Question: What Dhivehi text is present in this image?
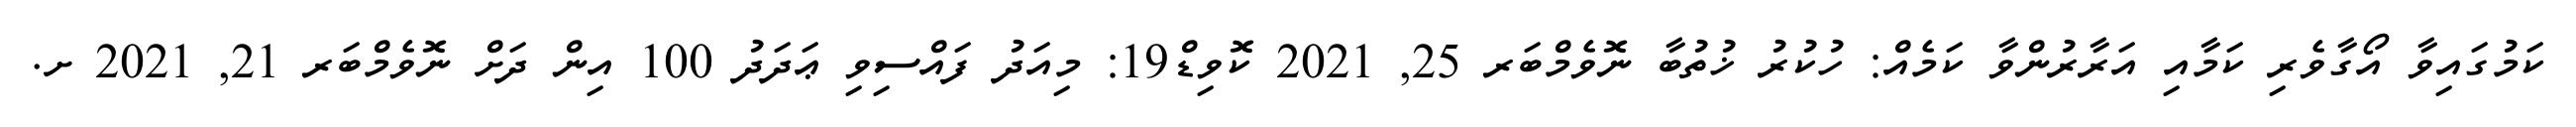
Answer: ކަމުގައިވާ އޯގާވެރި ކަމާއި އަރާރުންވާ ކަމެއް: ހުކުރު ޚުތުބާ ނޮވެމްބަރ 25, 2021 ކޮވިޑް19: މިއަދު ފައްސިވި ޢަދަދު 100 އިން ދަށް ނޮވެމްބަރ 21, 2021 ށ.